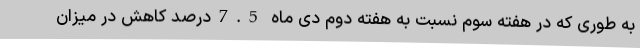
به طوری که در هفته سوم نسبت به هفته دوم دی ماه 7.5درصد کاهش در میزان